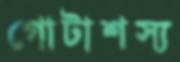
গোটাশস্য